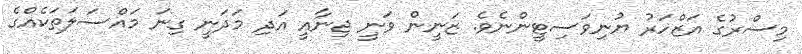
މިސްރުގެ އަޒްހަރު ޔުނިވަސިޓީންނެވެ. ޒަނީން ވަނީ ޖިނާއީ އަދި މަދަނީ ގިނަ މައްސަލަތަކެއްގެ